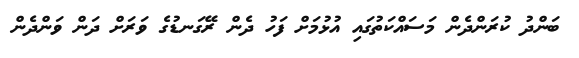
ބަންދު ކުރަންދެން މަސައްކަތުގައި އުޅުމަށް ފަހު ދެން ރޭގަނޑުގެ ވަރަށް ދަން ވަންދެން